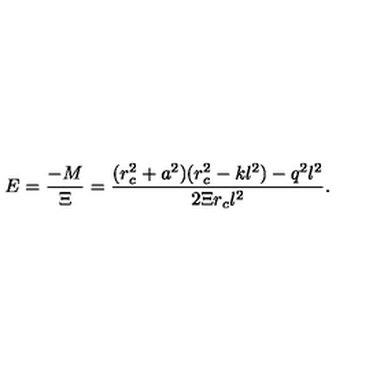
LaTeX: E = \frac { - M } { \Xi } = \frac { ( r _ { c } ^ { 2 } + a ^ { 2 } ) ( r _ { c } ^ { 2 } - k l ^ { 2 } ) - q ^ { 2 } l ^ { 2 } } { 2 \Xi r _ { c } l ^ { 2 } } .